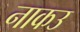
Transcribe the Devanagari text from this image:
नाकउ